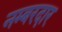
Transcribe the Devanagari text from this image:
नम्बरदार